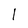
Character: l